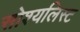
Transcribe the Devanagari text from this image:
सोश्यलिस्ट